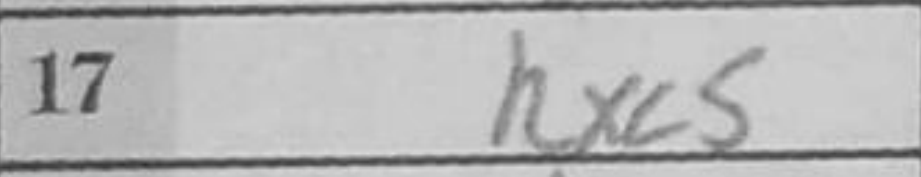
Transcription: Rxc5